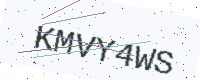
Text: KMVY4WS